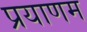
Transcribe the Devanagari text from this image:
प्रयाणम